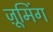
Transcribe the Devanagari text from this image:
ज़ूमिंग